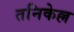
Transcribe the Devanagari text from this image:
तनिकेल्ल